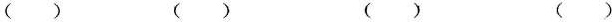
( ) ( ) ( ) ( )